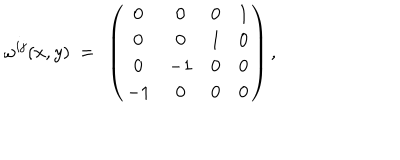
\omega ^ { i j } ( x , y ) ~ = ~ \left( \begin{array} { c c c c } { { 0 } } & { { 0 } } & { { 0 } } & { { 1 } } \\ { { 0 } } & { { 0 } } & { { 1 } } & { { 0 } } \\ { { 0 } } & { { - 1 } } & { { 0 } } & { { 0 } } \\ { { - 1 } } & { { 0 } } & { { 0 } } & { { 0 } } \\ \end{array} \right) ,